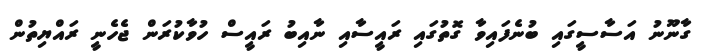
ގާނޫނު އަސާސީގައި ބުނެފައިވާ ގޮތުގައި ރައީސާއި ނާއިބު ރައީސް ހުވާކުރަން ޖެހެނީ ރައްޔިތުން